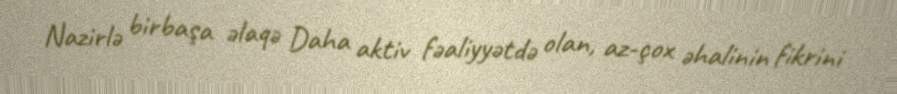
Nazirlə birbaşa əlaqə Daha aktiv fəaliyyətdə olan, az-çox əhalinin fikrini